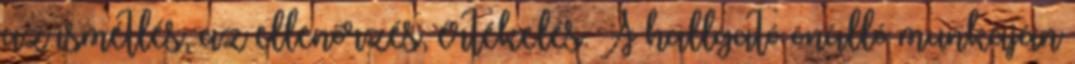
az ismétlés, az ellenőrzés, értékelés. A hallgató önálló munkáján